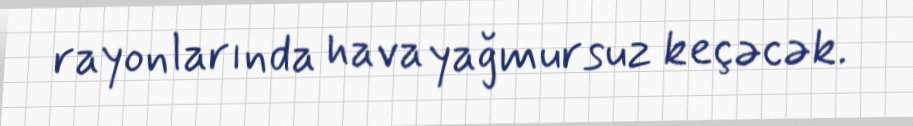
rayonlarında hava yağmursuz keçəcək.